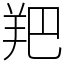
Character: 羓